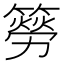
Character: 簩